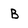
Character: B